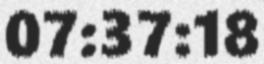
07:37:18